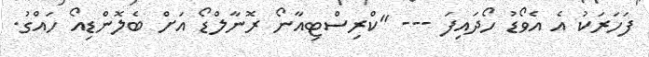
ފަހަރަކު އެ އެވޯޑު ހޯދައިފަ --- "ކްރިސްޓިއާނޯ ރޮނާލްޑޯ އަށް ބެލޮންޑިއޯ ހައްގު.